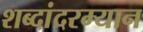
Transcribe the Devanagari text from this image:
शब्दांदरम्यान